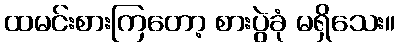
ထမင်းစားကြတော့ စားပွဲခုံ မရှိသေး။